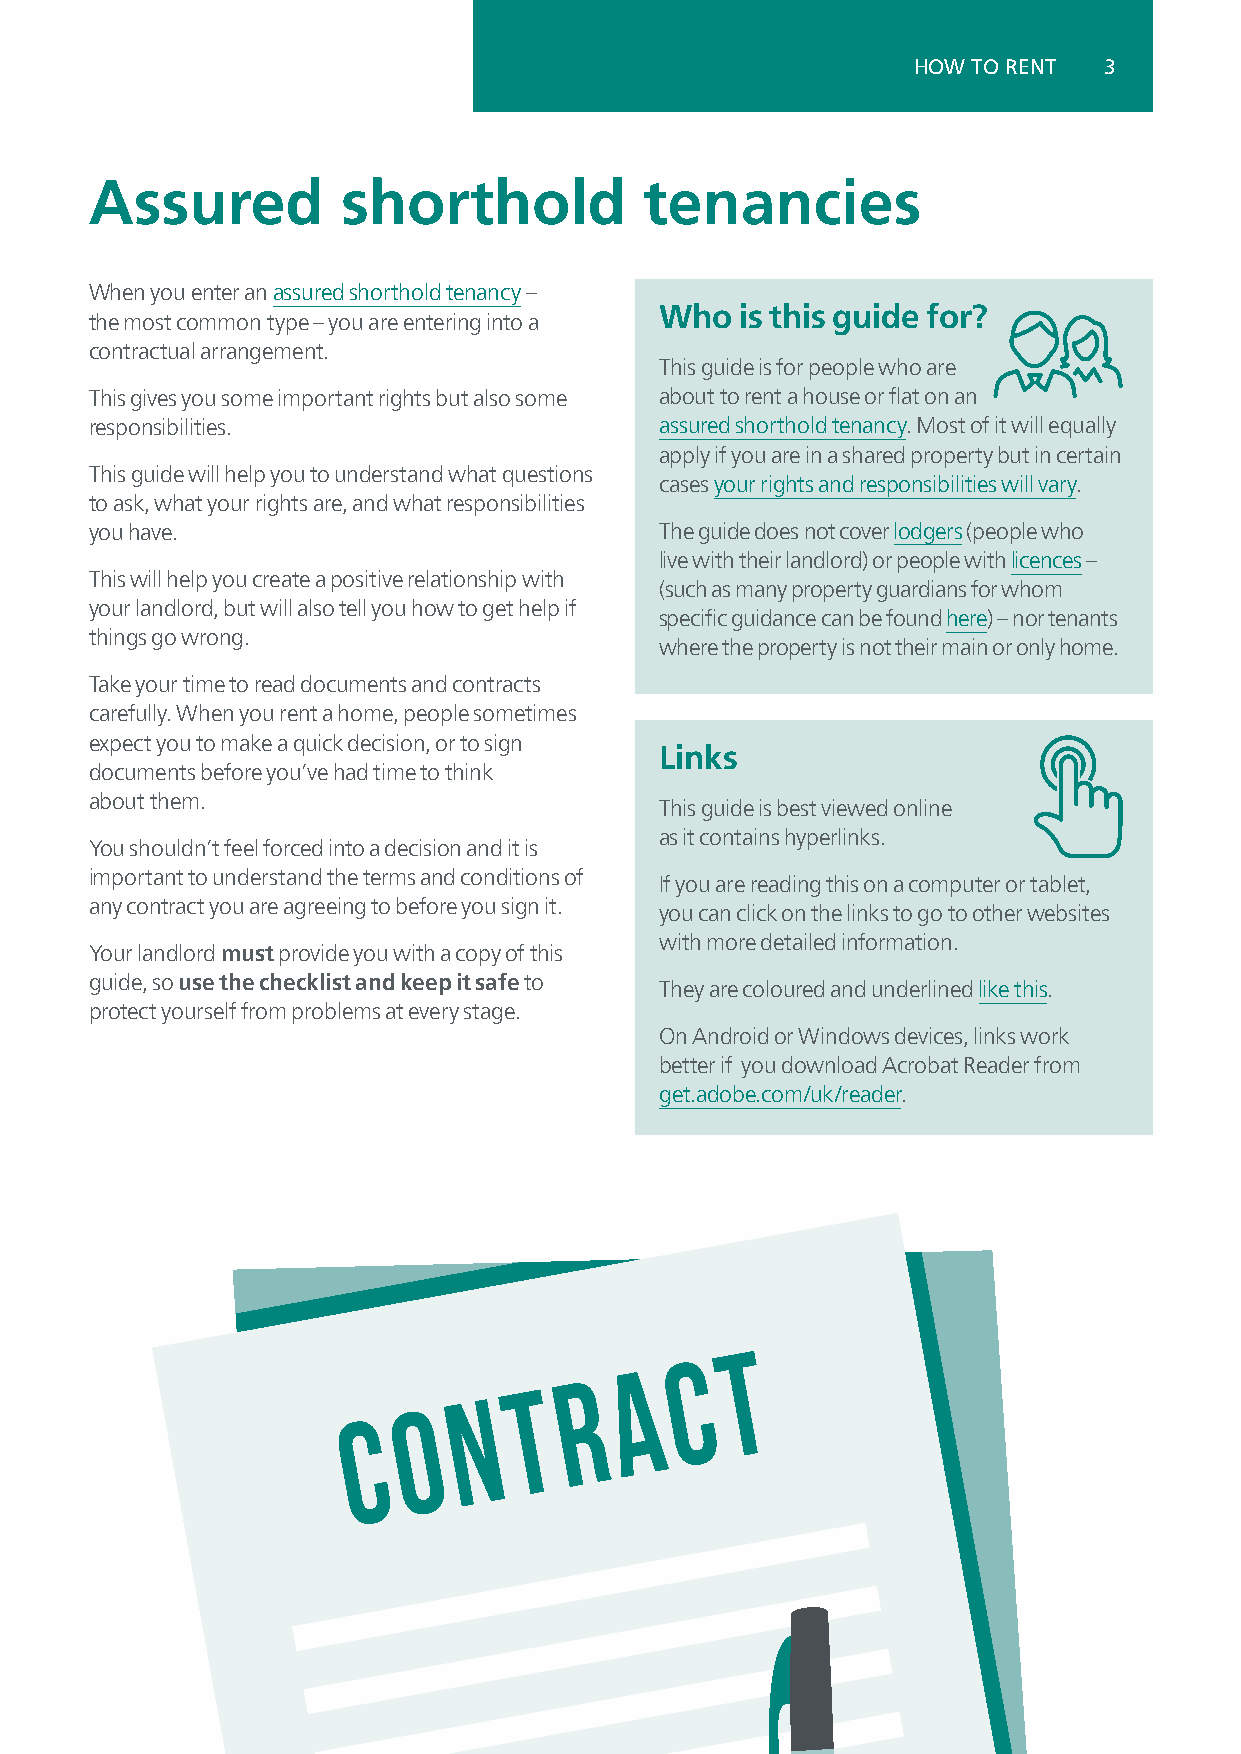
HOW TO RENT  3
 Assured          shorthold           tenancies
 When you enter an assured shorthold tenancy –
 Who  is this guide for?
 the most common type – you are entering into a
 contractual arrangement.
 This guide is for people who are
 This gives you some important rights but also some about to rent a house or flat on an
 responsibilities.                     assured shorthold tenancy. Most of it will equally
 apply if you are in a shared property but in certain
 This guide will help you to understand what questions
 cases your rights and responsibilities will vary.
 to ask, what your rights are, and what responsibilities
 you have.                             The guide does not cover lodgers (people who
 live with their landlord) or people with licences –
 This will help you create a positive relationship with
 (such as many property guardians for whom
 your landlord, but will also tell you how to get help if
 specific guidance can be found here) – nor tenants
 things go wrong.
 where the property is not their main or only home.
 Take your time to read documents and contracts
 carefully. When you rent a home, people sometimes
 expect you to make a quick decision, or to sign
 Links
 documents before you’ve had time to think
 about them.
 This guide is best viewed online
 as it contains hyperlinks.
 You shouldn’t feel forced into a decision and it is
 important to understand the terms and conditions of
 If you are reading this on a computer or tablet,
 any contract you are agreeing to before you sign it.
 you can click on the links to go to other websites
 with more detailed information.
 Your landlord must provide you with a copy of this
 guide, so use the checklist and keep it safe to
 They are coloured and underlined like this.
 protect yourself from problems at every stage.
 On Android or Windows devices, links work
 better if you download Acrobat Reader from
 get.adobe.com/uk/reader.